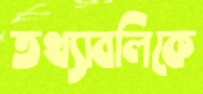
তথ্যাবলিকে